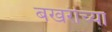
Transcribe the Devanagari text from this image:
बखरीच्या